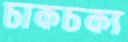
চাকচক্য